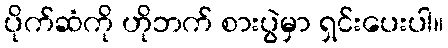
ပိုက်ဆံကို ဟိုဘက် စားပွဲမှာ ရှင်းပေးပါ။